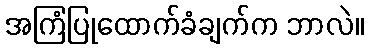
အကြံပြုထောက်ခံချက်က ဘာလဲ။